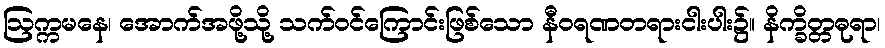
ဩက္ကမနေ၊ အောက်အဖို့သို့ သက်ဝင်ကြောင်းဖြစ်သော နီဝရဏတရားငါးပါး၌။ နိက္ခိတ္တဓုရာ၊